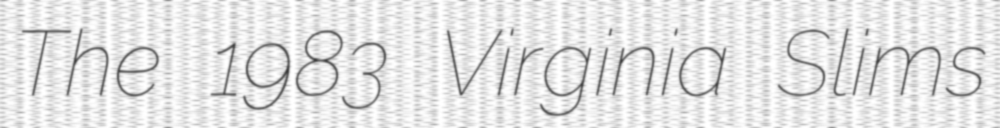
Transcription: The 1983 Virginia Slims